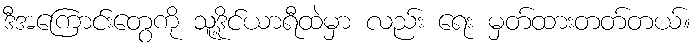
ဒီအကြောင်းတွေကို သူ့ဒိုင်ယာရီထဲမှာ လည်း ရေး မှတ်ထားတတ်တယ်။